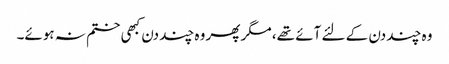
وہ چند دن کے لئے آئے تھے، مگر پھر وہ چند دن کبھی ختم نہ ہوئے۔